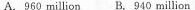
A.960 million B.940 million